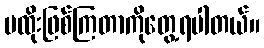
မထိုးဖြစ်ကြတာကိုတွေ့ရပါတယ်။